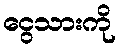
ငွေသားကို